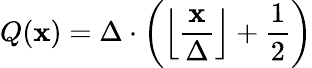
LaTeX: Q(\mathbf{x})=\Delta\cdot\left(\left\lfloor{\frac{{\mathbf{x}}}{{\Delta}}}\right\rfloor+{\frac{{1}}{{2}}}\right)